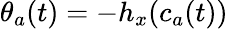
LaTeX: \theta_{a}(t)=-h_{x}(c_{a}(t))